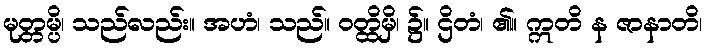
မုတ္တမ္ပိ၊ သည်လည်း။ အဟံ၊ သည်။ ဝတ္ထိမှိ၊ ၌။ ဌိတံ၊ ၏။ ဣတိ န ဇာနာတိ၊